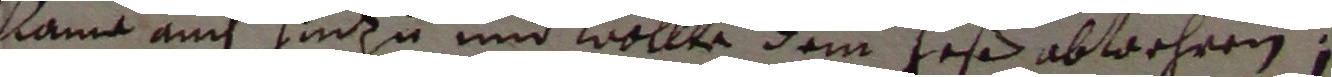
kame auch henzu und wolle dem heß abwehren.